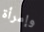
وإمرأة